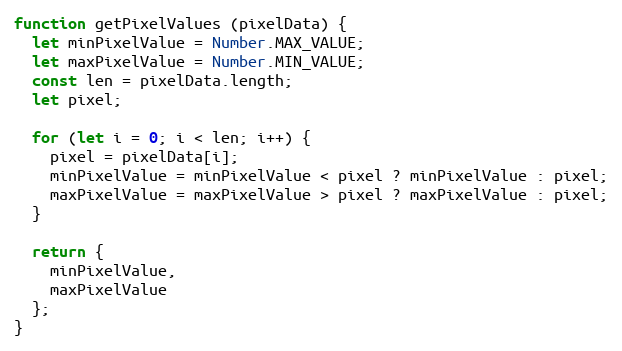
Language: JavaScript
function getPixelValues (pixelData) {
  let minPixelValue = Number.MAX_VALUE;
  let maxPixelValue = Number.MIN_VALUE;
  const len = pixelData.length;
  let pixel;

  for (let i = 0; i < len; i++) {
    pixel = pixelData[i];
    minPixelValue = minPixelValue < pixel ? minPixelValue : pixel;
    maxPixelValue = maxPixelValue > pixel ? maxPixelValue : pixel;
  }

  return {
    minPixelValue,
    maxPixelValue
  };
}